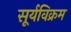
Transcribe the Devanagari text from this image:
सूर्यविक्रम